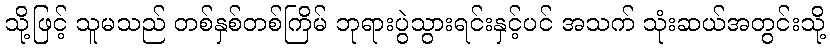
သို့ဖြင့် သူမသည် တစ်နှစ်တစ်ကြိမ် ဘုရားပွဲသွားရင်းနှင့်ပင် အသက် သုံးဆယ်အတွင်းသို့